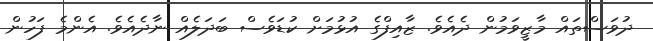
ދުވަސްތައް މާޒީވަމުން ދެއެވެ. ޒާއިފްގެ އުޅުމަށް ކުޑަވެސް ބަދަލެއް ނާދެއެވެ. އެންމެ ފަހުން